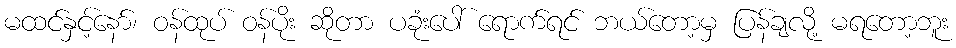
မထင်နှင့်နော်၊ ဝန်ထုပ် ဝန်ပိုး ဆိုတာ ပခုံးပေါ် ရောက်ရင် ဘယ်တော့မှ ပြန်ချလို့ မရတော့ဘူး